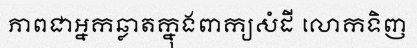
ភាពជាអ្នកឆ្លាតក្នុងពាក្យសំដី លោកទិញ